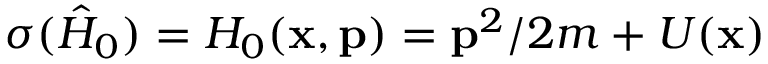
\sigma ( \hat { H } _ { 0 } ) = H _ { 0 } ( \mathbf { x } , \mathbf { p } ) = \mathbf { p } ^ { 2 } / 2 m + U ( \mathbf { x } )